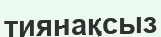
тиянақсыз